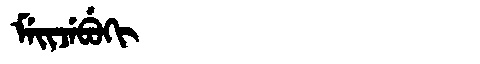
Manchu: ᠮᡝᡳᠵᡝᠪᡠᡴᡳ
Romanization: MEIJEBUKI